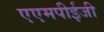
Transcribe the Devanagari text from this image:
एएमपीईजी